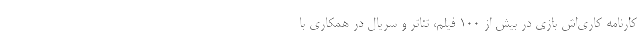
کارنامه کاری‌اش بازی در بیش از ۱۰۰ فیلم، تئاتر و سریال در همکاری با